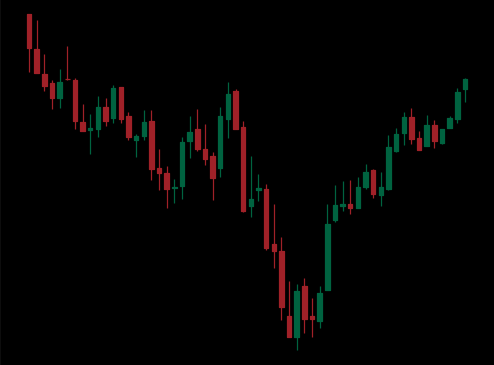
Pattern: inverse_head_shoulders